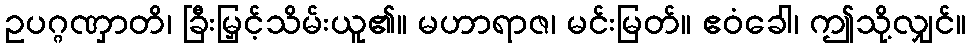
ဥပဂ္ဂဏှာတိ၊ ခြီးမြှင့်သိမ်းယူ၏။ မဟာရာဇ၊ မင်းမြတ်။ ဧဝံခေါ၊ ဤသို့လျှင်။